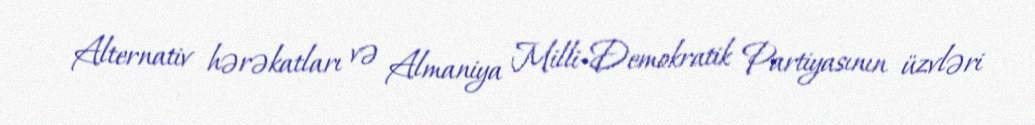
Alternativ hərəkatları və Almaniya Milli-Demokratik Partiyasının üzvləri